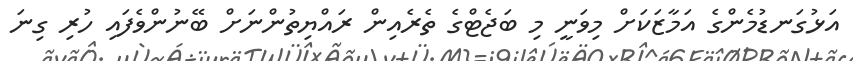
އަޅުގަނޑުމެންގެ އަމާޒަކަށް މިވަނީ މި ބަޖެޓްގެ ތެރެއިން ރައްޔިތުންނަށް ބޭނުންވެފައި ހުރި ގިނަ